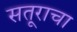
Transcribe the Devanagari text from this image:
सतूराचा